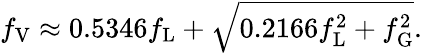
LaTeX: f_{\mathrm{V}}\approx 0.5346f_{\mathrm{L}}+{\sqrt{0.2166f_{\mathrm{L}}^{2}+f_{\mathrm{G}}^{2}}}.